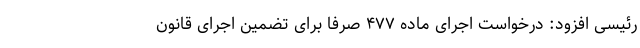
رئیسی افزود:‌ درخواست اجرای ماده ۴۷۷ صرفاً برای تضمین اجرای قانون